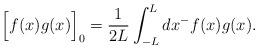
LaTeX: \begin{align*}\Big[f(x)g(x)\Big]_0=\frac{1}{2L}\int_{-L}^L dx^- f(x)g(x).\end{align*}